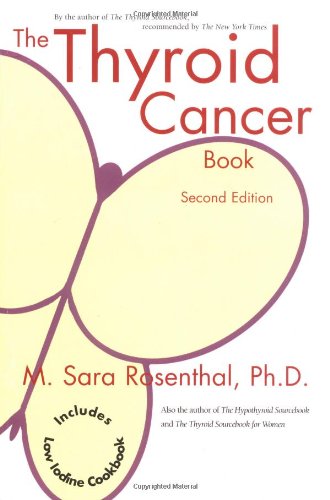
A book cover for The Thyroid Cancer Book; M. Sara Rosenthal Ph.D.; Health, Fitness & Dieting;